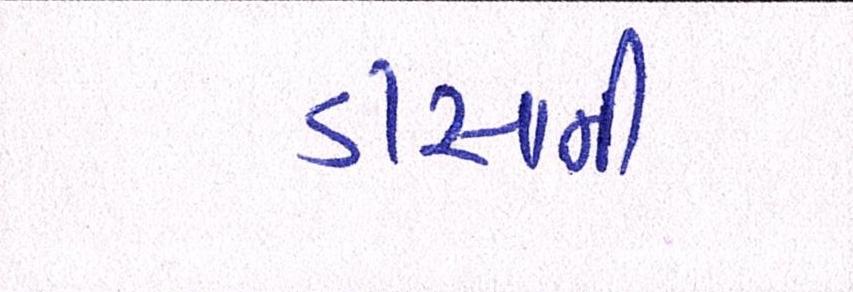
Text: ડીસાની